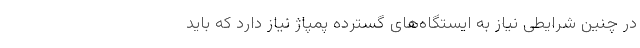
در چنین شرایطی نیاز به ایستگاه‌های گسترده پمپاژ نیاز دارد که باید